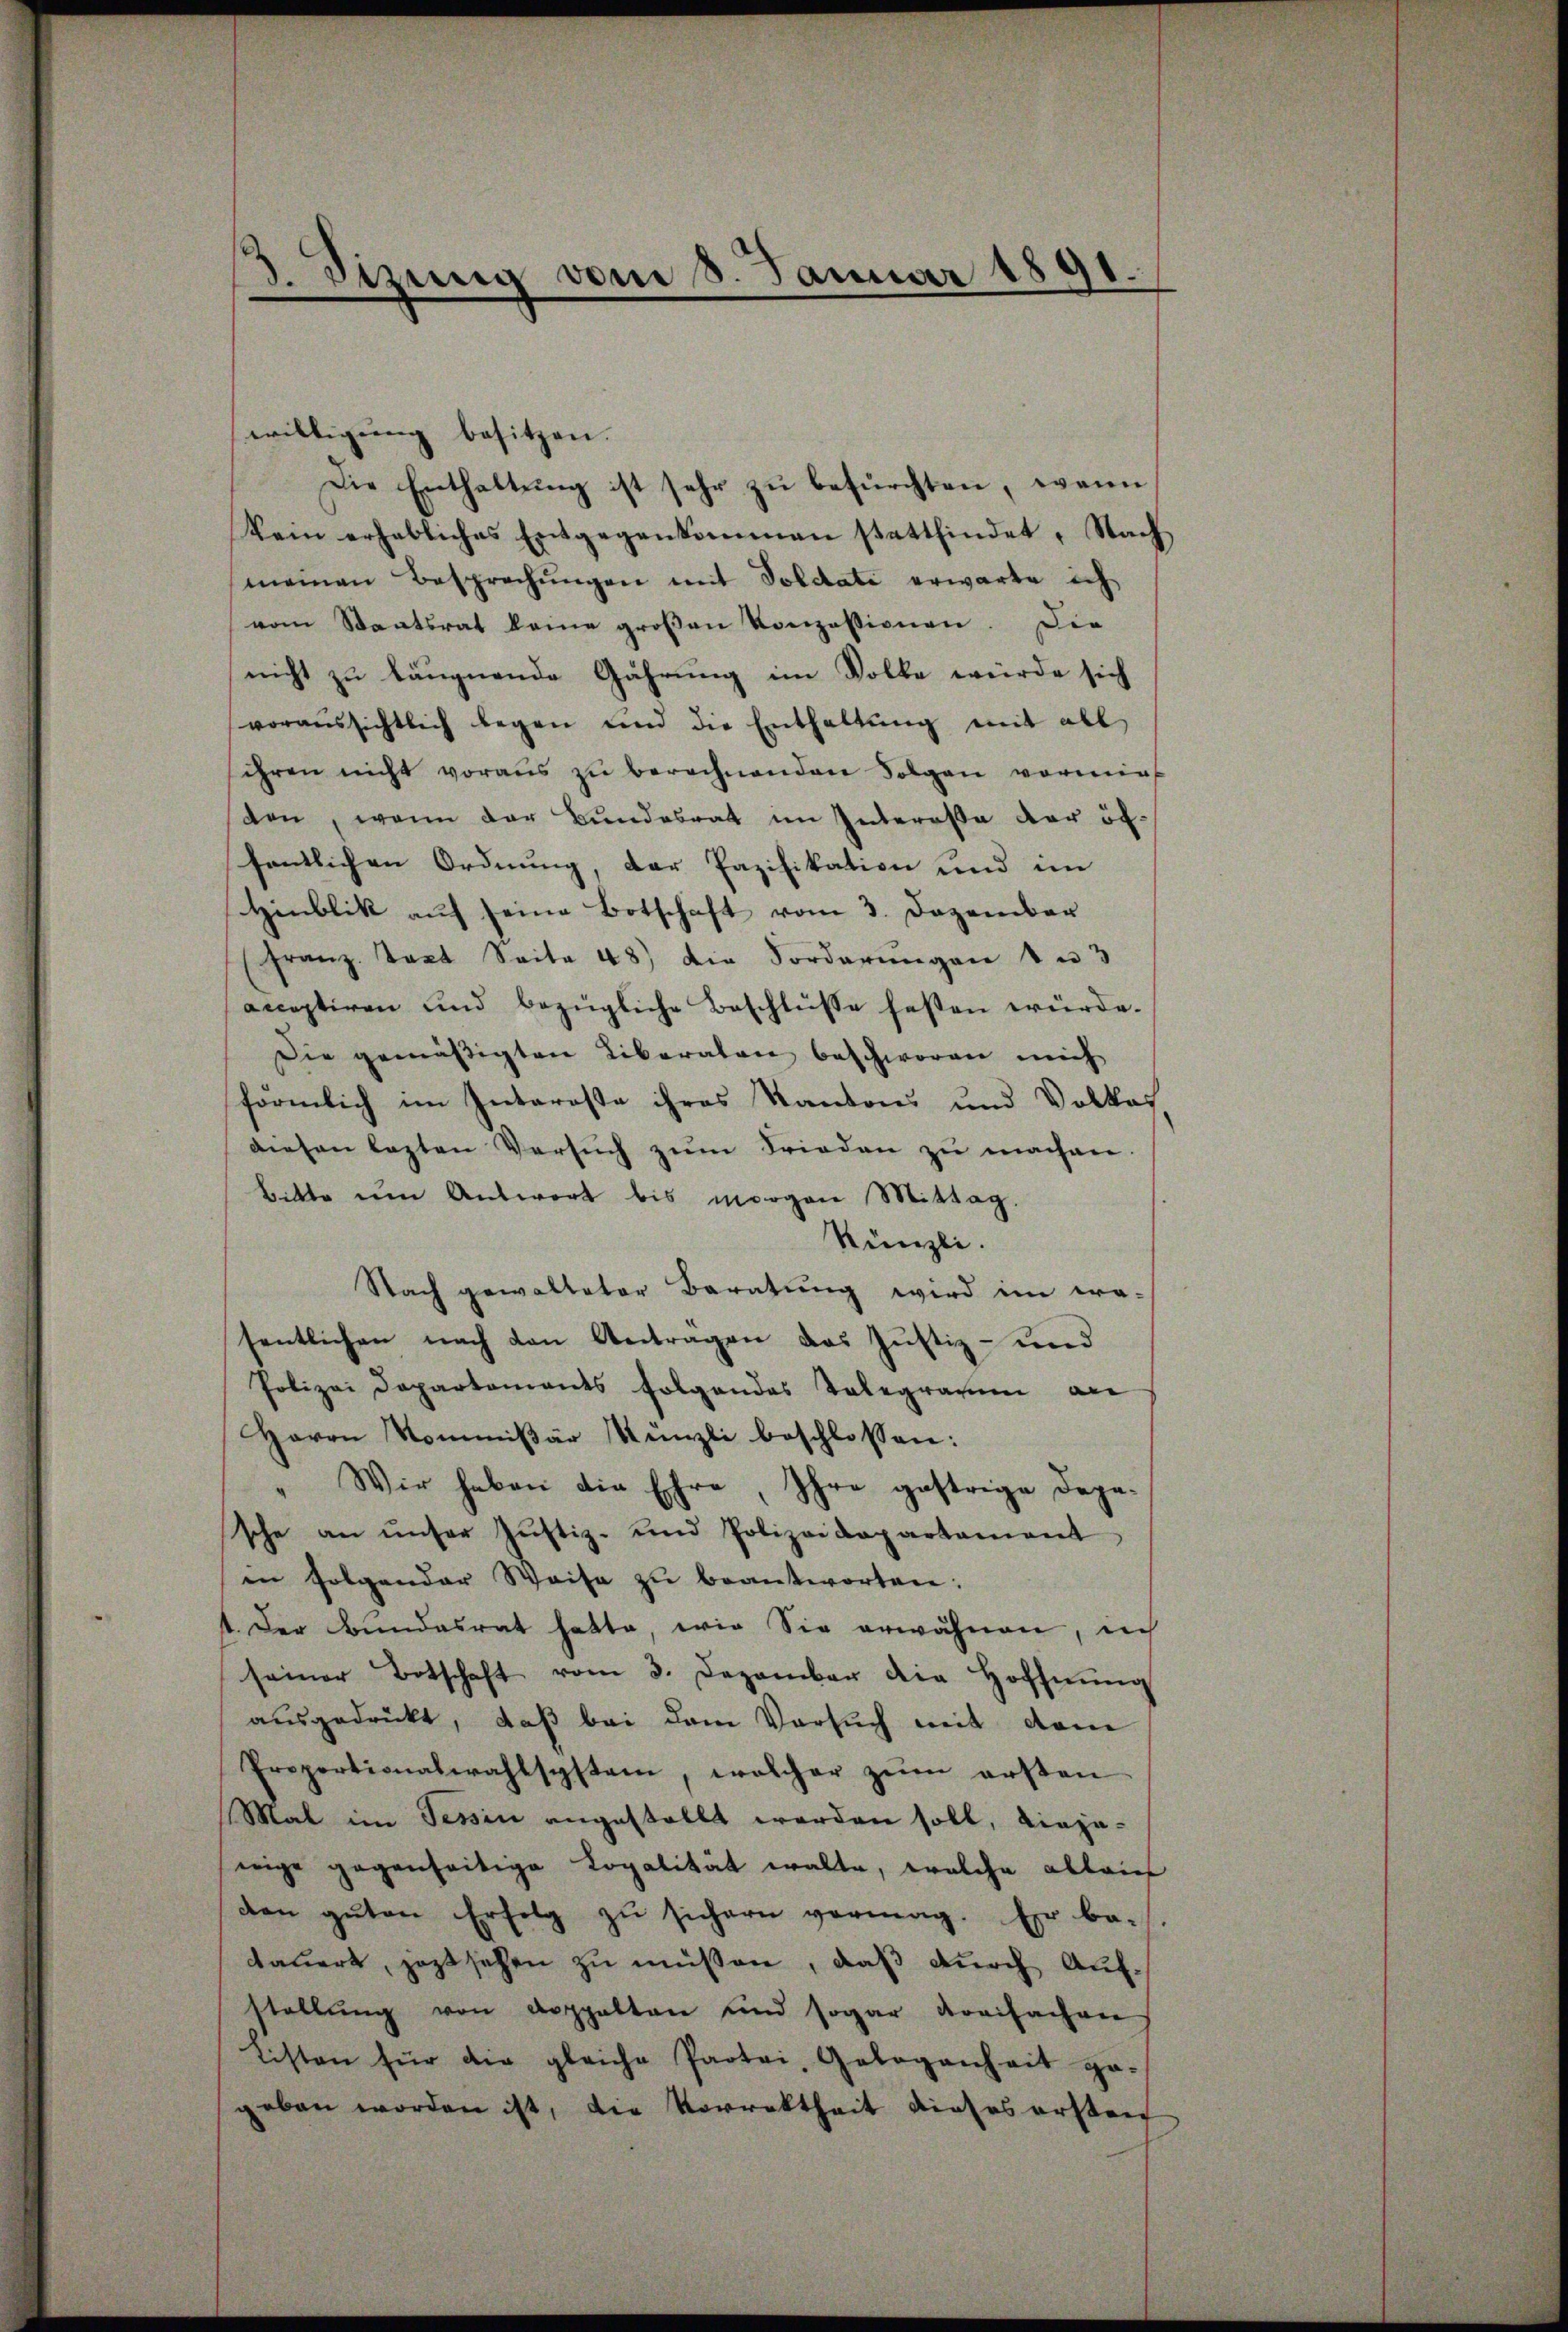
3. Sisung vom 8. Januar 1891
.

willigŭng besitzen.
Die Enthaltung ist sehr zu befürchten, wenn
kein erhebliches Entgegenkommen stattfindet. Nach
meinen Besprechŭngen mit Soldate erwarte ich
vom Staatsrat keine groβen Konzessionen. Die
nicht zu läugnende Gährung im Volke würde sich
voraussichtlich legen und die Enthaltŭng mit all
fihren nicht voraus zu berechnenden Folgen vormirt
den, wenn der Bundesrat im Interessa der öf-
fentlichen Ordnung, der Pazifikation und im
Hinblik auf seine Botschaft vom 3. Dezember
Franz. Text Seite 48) Die Forderungen 4 u. 3
acceptiren und bezügliche Beschlüsse festen würde.
Die gemäßigten Liberaten beschworen mich
förmlich im Interaste ihres Kantons und Volkes
diesen lezten Versŭch zŭm Frieden zu machen.
Bitte um Antwort bis morgen Mittag.
Künzli.
Nach gewalteter Beratung wird im we-
sentlichen nach den Anträgen das Justiz- und
Polizei Departements folgendes Telegramm an
Herrn Kommißär Künzli beschlossen:
Wir haben die Ehre, Ihre gestrige dagesche an unser Justiz- und Polizeidepartament
in folgender Weise zŭ beantworten:
1. Der Bŭndesrat hatte, wie Sie erwähnen, nich
seiner Botschaft vom 3. Dezember die Hoffnŭng
ausgedrückt, daß bei dem Versuch mit dem
Ereportionalwahlsystem, welcher zŭm ersten
Mal im Tessin angestellt werden soll, diejewige gegenseitige Lopalität walte, welche allein
den gŭten Erfolg zŭ sichern vermag. Er be-
daŭert, jezt sehen zu müssen, daß durch Aufstellung von doppelten und sogar dreifachen
Listen für die gleiche Partei, Gelegenheit ge-
geben worden ist, die Vorrektheit dieses ersten